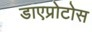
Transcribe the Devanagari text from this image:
डाएप्रोटोस